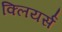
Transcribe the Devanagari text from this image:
क्लियर्स